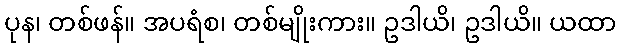
ပုန၊ တစ်ဖန်။ အပရံစ၊ တစ်မျိုးကား။ ဥဒါယိ၊ ဥဒါယိ။ ယထာ